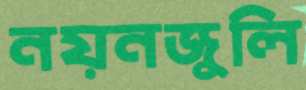
নয়নজুলি